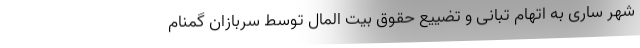
شهر ساری به اتهام تبانی و تضییع حقوق بیت المال توسط سربازان گمنام